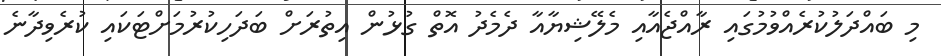
މި ބައްދަލުކުރެއްވުމުގައި ރާއްޖެއާއި މެލޭޝިޔާއާ ދެމެދު އޮތް ގުޅުން އިތުރަށް ބަދަހިކުރުމަށްޓަކައި ކުރެވިދާނެ